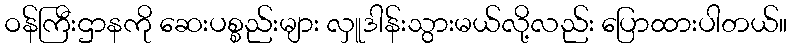
ဝန်ကြီးဌာနကို ဆေးပစ္စည်းများ လှူဒါန်းသွားမယ်လို့လည်း ပြောထားပါတယ်။